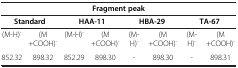
<table><thead><tr><td colspan="8"><b>Fragment peak</b></td></tr><tr><td colspan="2"><b>Standard</b></td><td colspan="2"><b>HAA-11</b></td><td colspan="2"><b>HBA-29</b></td><td colspan="2"><b>TA-67</b></td></tr></thead><tbody><tr><td>(M-H)<sup>-</sup></td><td>(M+COOH)<sup>-</sup></td><td>(M-H)<sup>-</sup></td><td>(M+COOH)<sup>-</sup></td><td>(M-H)<sup>-</sup></td><td>(M+COOH)<sup>-</sup></td><td>(M-H)<sup>-</sup></td><td>(M+COOH)<sup>-</sup></td></tr><tr><td>852.32</td><td>898.32</td><td>852.29</td><td>898.30</td><td>-</td><td>898.30</td><td>-</td><td>898.31</td></tr></tbody></table>